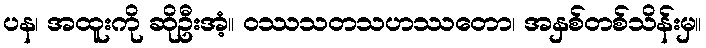
ပန၊ အထူးကို ဆိုဦးအံ့။ ဝဿသတသဟဿတော၊ အနှစ်တစ်သိန်းမှ။